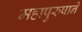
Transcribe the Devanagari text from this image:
महापुरुषाने